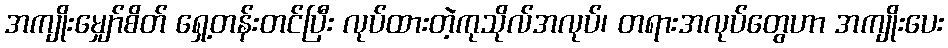
အကျိုးမျှော်စိတ် ရှေ့တန်းတင်ပြီး လုပ်ထားတဲ့ကုသိုလ်အလုပ်၊ တရားအလုပ်တွေဟာ အကျိုးပေး